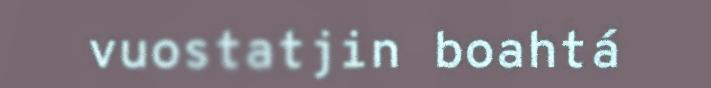
vuostatjin boahtá